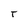
Character: T